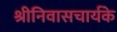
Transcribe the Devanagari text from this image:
श्रीनिवासचार्यके